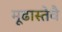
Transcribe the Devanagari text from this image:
मूढास्तेवै